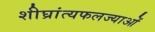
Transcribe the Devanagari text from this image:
शीघ्रांत्यफलज्याओं